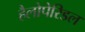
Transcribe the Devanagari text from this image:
हैलोपेरिडल